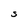
Character: S